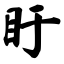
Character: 盱